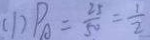
( 1 ) P _ { A } = \frac { 2 5 } { 5 0 } = \frac { 1 } { 2 }